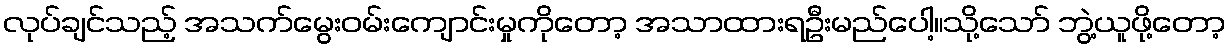
လုပ်ချင်သည့် အသက်မွေးဝမ်းကျောင်းမှုကိုတော့ အသာထားရဦးမည်ပေါ့။သို့သော် ဘွဲ့ယူဖို့တော့